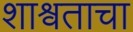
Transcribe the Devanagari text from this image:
शाश्र्वताचा